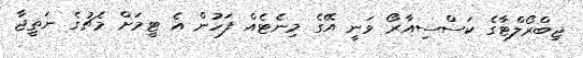
ޖިބްރޯލްޓާގެ ކަސްސިއާރޯ ވަނީ އޭގެ މިނެޓެއް ފަހުން އެ ޓީމަށް މެޗުގެ ނަތީޖާ